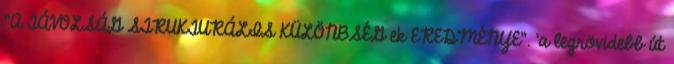
"A TÁVOLSÁG STRUKTURÁLIS KÜLÖNBSÉG ek EREDMÉNYE". 'a legrövidebb út